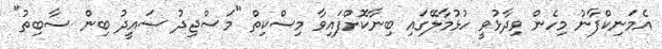
އެމަނިކްފާނު މިހެން ވިދާޅުވީ ހުޅުމާލޭގައި ބިނާކޮށްފައިވާ މިސްކިތް "މަސްޖިދު ސަޢީދު ބިން ސާބިތު"